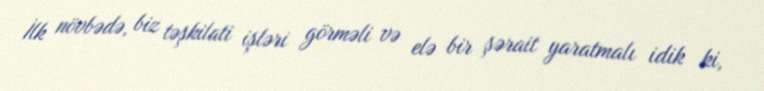
İlk növbədə, biz təşkilati işləri görməli və elə bir şərait yaratmalı idik ki,